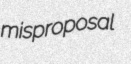
misproposal